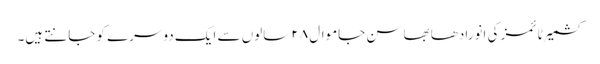
کشمیر ٹائمز کی انورادھا بھاسن جاموال ۲۸ سالوں سے ایک دوسرے کو جانتے ہیں۔